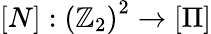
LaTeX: \left[N\right]:\left(\mathbb{Z}_{2}\right)^{2}\rightarrow\left[\Pi\right]